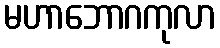
မဟာဘောဂကုလာ